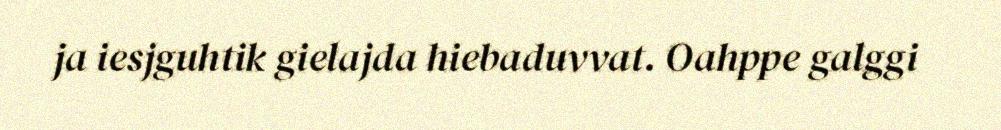
ja iesjguhtik gielajda hiebaduvvat. Oahppe galggi